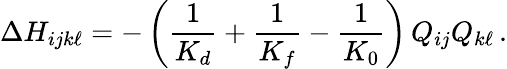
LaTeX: \Delta H_{ijk\ell}=-\left(\frac{1}{K_{d}}+\frac{1}{K_{f}}-\frac{1}{K_{0}}\right)\, Q_{ij}Q_{k\ell}\, .